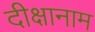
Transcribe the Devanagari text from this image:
दीक्षानाम